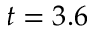
t = 3 . 6